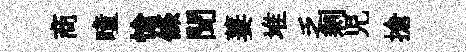
商曈愴條聞萋堆乏剩児搶